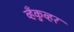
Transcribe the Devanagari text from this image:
व्हँकुव्हर